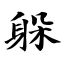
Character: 躲